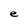
Character: e